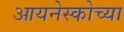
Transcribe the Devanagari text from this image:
आयनेस्कोच्या